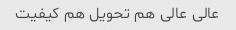
عالی عالی هم تحویل هم کیفیت